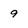
Character: 9